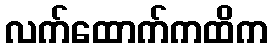
လက်ထောက်ကထိက